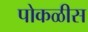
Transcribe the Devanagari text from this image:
पोकळीस